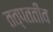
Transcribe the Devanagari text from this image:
तत्पततीव